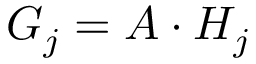
G _ { j } = A \cdot H _ { j }